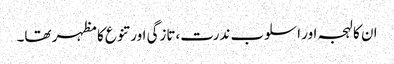
ان کا لہجہ اور اسلوب ندرت،تازگی اور تنوع کا مظہر تھا۔